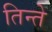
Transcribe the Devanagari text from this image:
तिन्ते